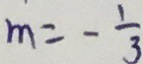
m = - \frac { 1 } { 3 }